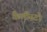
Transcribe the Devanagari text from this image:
कैलीस्टो